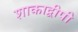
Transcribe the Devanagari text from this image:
शाकाद्वीपी